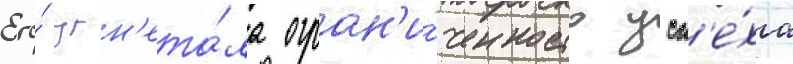
Его́ угн'ета́ла огран'и́ченность усп'е́ха